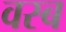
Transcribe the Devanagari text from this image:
वस्ब